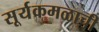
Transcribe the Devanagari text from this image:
सूर्यकमळाची